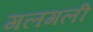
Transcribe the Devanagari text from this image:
गलगली